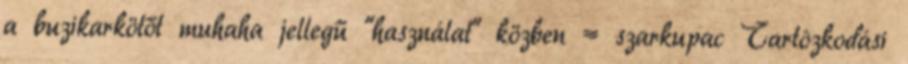
a buzikarkötőt muhaha jellegű "használat" közben = szarkupac Tartózkodási